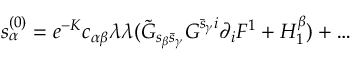
s _ { \alpha } ^ { ( 0 ) } = e ^ { - K } c _ { \alpha \beta } \lambda \lambda ( \tilde { G } _ { s _ { \beta } \bar { s } _ { \gamma } } G ^ { \bar { s } _ { \gamma } i } \partial _ { i } F ^ { 1 } + H _ { 1 } ^ { \beta } ) + \dots